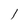
Character: 1